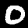
Label: 0